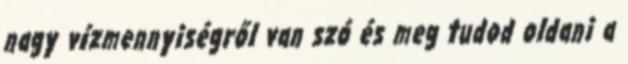
nagy vízmennyiségről van szó és meg tudod oldani a